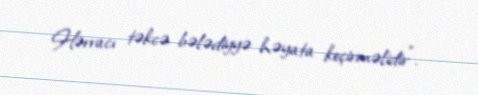
Hərracı təkcə bələdiyyə həyata keçirməlidir”.